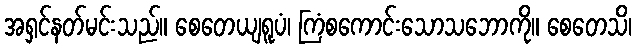
အရှင်နတ်မင်းသည်။ စေတေယျရူပံ၊ ကြံစကောင်းသောသဘောကို။ စေတေသိ၊